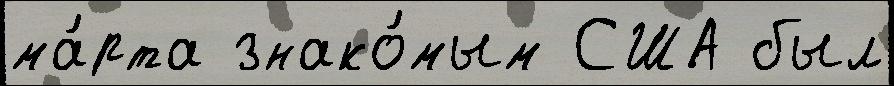
ма́рта знако́мым США был